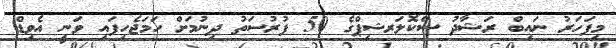
މިފަހަރު ނައިބް ރަޝާދު ސްކޮލަރޝިޕްގެ 50 ފުރުސަތު ދިނުމަށް ހަމަޖެހިފައި ވަނީ އެވިޑް